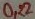
Text: 0,22